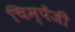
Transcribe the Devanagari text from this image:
चिम्पेंजी